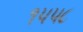
૧૫૫૮